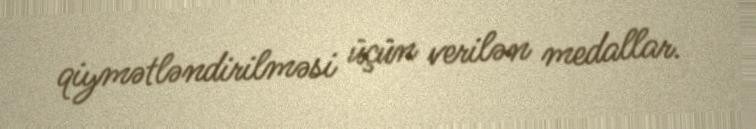
qiymətləndirilməsi üçün verilən medallar.